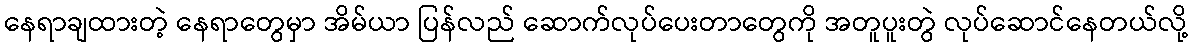
နေရာချထားတဲ့ နေရာတွေမှာ အိမ်ယာ ပြန်လည် ဆောက်လုပ်ပေးတာတွေကို အတူပူးတွဲ လုပ်ဆောင်နေတယ်လို့